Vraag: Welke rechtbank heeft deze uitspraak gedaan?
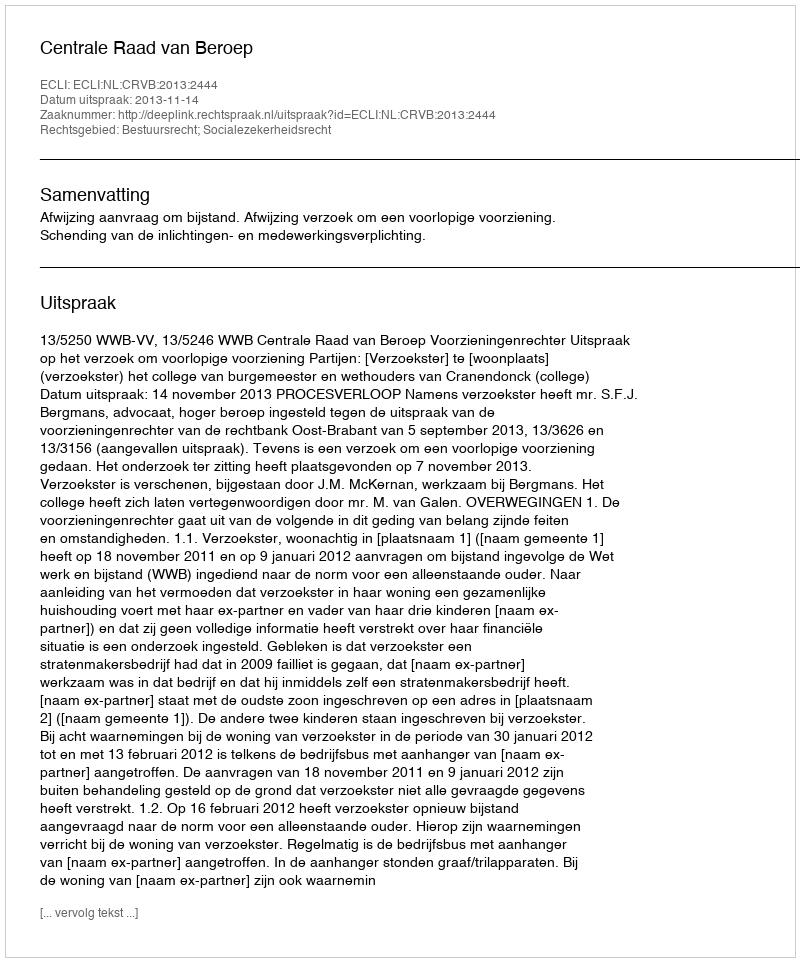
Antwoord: Centrale Raad van Beroep